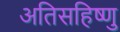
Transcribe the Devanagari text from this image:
अतिसहिष्णु